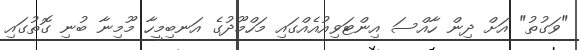
"ވަގުތު" އަށް ދިން ހާއްސަ އިންޓަވިއުއެއްގައި މަހްމޫދުގެ އަނބިމީހާ މޫމިނާ ބުނި ގޮތުގައި